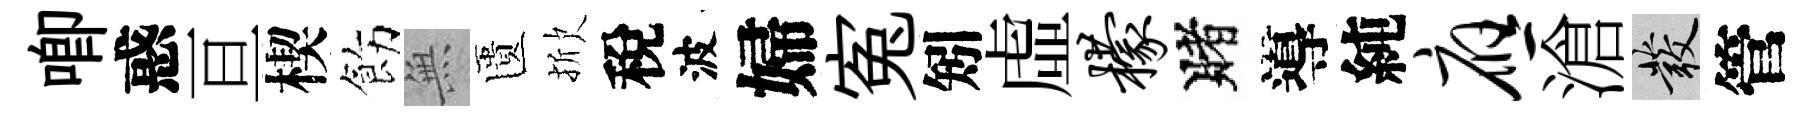
唧惑亘楔飭𭴾匱掀稅波婦寃矧虛檬賭導純应滄發管